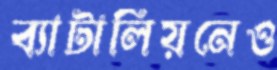
ব্যাটালিয়নেও